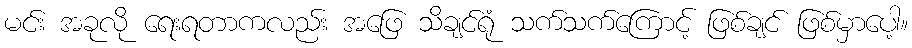
မင်း အခုလို ရေးရတာကလည်း အဖြေ သိချင်ရုံ သက်သက်ကြောင့် ဖြစ်ချင် ဖြစ်မှာပေါ့။